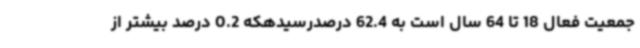
جمعیت فعال 18 تا 64 سال است به 62.4 درصدرسیدهکه 0.2 درصد بیشتر از